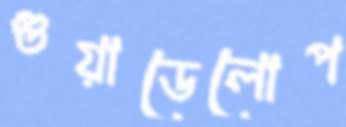
গুয়াডেলোপ